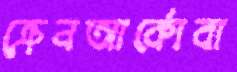
ক্রেনআর্কোবা